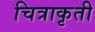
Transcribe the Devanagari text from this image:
चित्राकृती